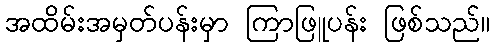
အထိမ်းအမှတ်ပန်းမှာ ကြာဖြူပန်း ဖြစ်သည်။